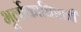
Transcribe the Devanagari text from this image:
भूर्लोकाधिष्ठात्रीं